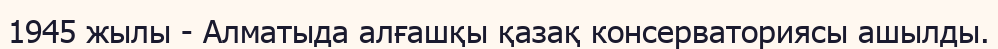
1945 жылы - Алматыда алғашқы қазақ консерваториясы ашылды.